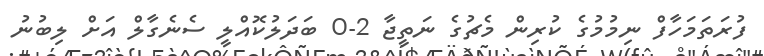
ފުރަތަމަހާފް ނިމުމުގެ ކުރިން މެޗުގެ ނަތީޖާ 2-0 ބަދަލުކޮއްލީ ސެނެގާލް އަށް ލިބުނު